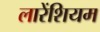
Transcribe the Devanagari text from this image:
लारेंशियम